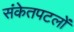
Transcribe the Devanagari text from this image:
संकेतपटलों